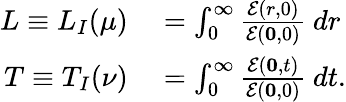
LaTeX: \begin{array}{rl}{L\equiv L_{I}(\mu)}&{{}=\int_{0}^{\infty}\frac{\mathcal{E}(r,0)}{\mathcal{E}(\mathbf{0},0)}~dr}\\ {T\equiv T_{I}(\nu)}&{{}=\int_{0}^{\infty}\frac{\mathcal{E}(\mathbf{0},t)}{\mathcal{E}(\mathbf{0},0)}~dt.}\end{array}